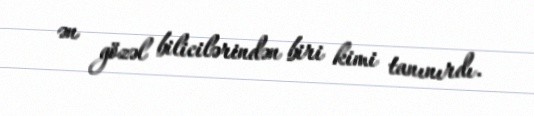
ən gözəl bilicilərindən biri kimi tanınırdı.